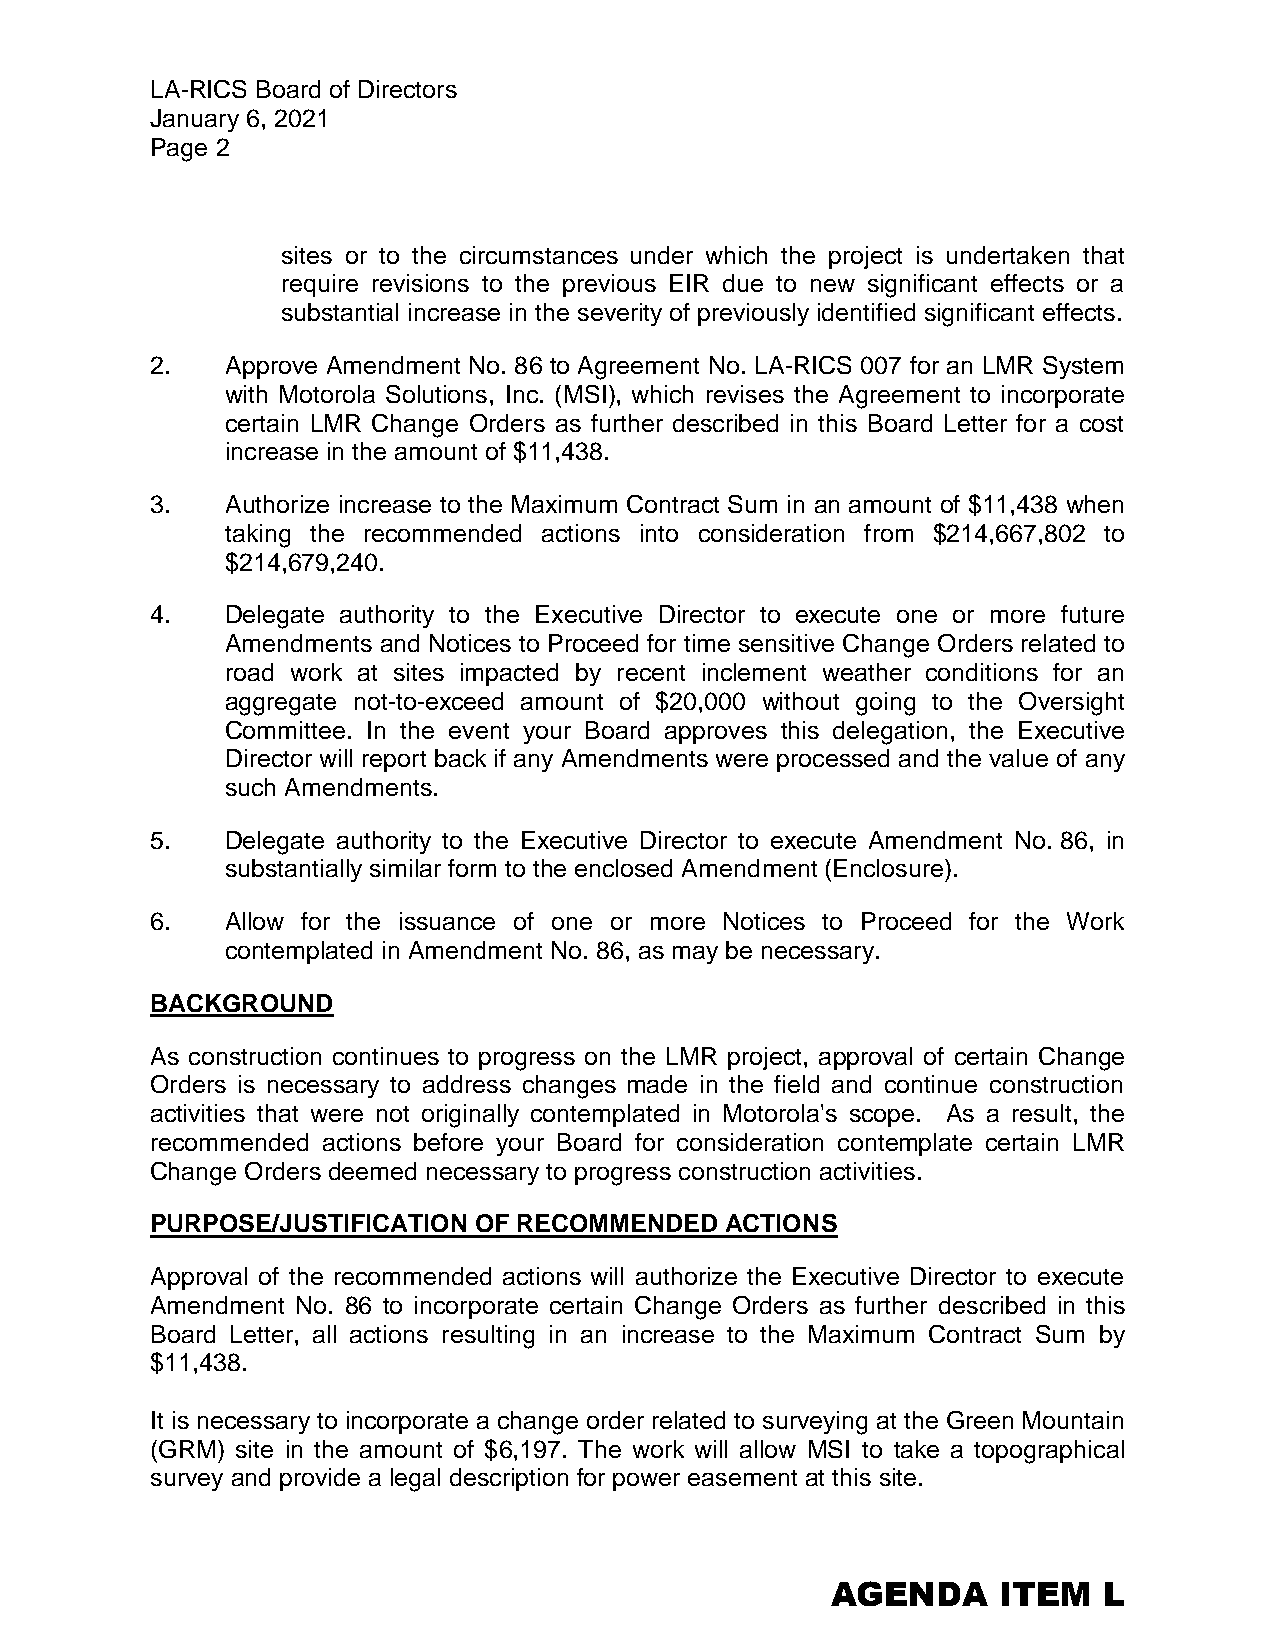
LA-RICS Board of Directors
 January 6, 2021
 Page 2
 sites or to the circumstances under which the project is undertaken that
 require revisions to the previous EIR due to new significant effects or a
 substantial increase in the severity of previously identified significant effects.
 2.   Approve Amendment No. 86 to Agreement No. LA-RICS 007 for an LMR System
 with Motorola Solutions, Inc. (MSI), which revises the Agreement to incorporate
 certain LMR Change Orders as further described in this Board Letter for a cost
 increase in the amount of $11,438.
 3.   Authorize increase to the Maximum Contract Sum in an amount of $11,438 when
 taking the recommended actions into consideration from $214,667,802 to
 $214,679,240.
 4.   Delegate authority to the Executive Director to execute one or more future
 Amendments and Notices to Proceed for time sensitive Change Orders related to
 road work at sites impacted by recent inclement weather conditions for an
 aggregate not-to-exceed amount of $20,000 without going to the Oversight
 Committee. In the event your Board approves this delegation, the Executive
 Director will report back if any Amendments were processed and the value of any
 such Amendments.
 5.   Delegate authority to the Executive Director to execute Amendment No. 86, in
 substantially similar form to the enclosed Amendment (Enclosure).
 6.   Allow for the issuance of one or more Notices to Proceed for the Work
 contemplated in Amendment No. 86, as may be necessary.
 BACKGROUND
 As construction continues to progress on the LMR project, approval of certain Change
 Orders is necessary to address changes made in the field and continue construction
 activities that were not originally contemplated in Motorola's scope. As a result, the
 recommended actions before your Board for consideration contemplate certain LMR
 Change Orders deemed necessary to progress construction activities.
 PURPOSE/JUSTIFICATION OF RECOMMENDED  ACTIONS
 Approval of the recommended actions will authorize the Executive Director to execute
 Amendment No. 86 to incorporate certain Change Orders as further described in this
 Board Letter, all actions resulting in an increase to the Maximum Contract Sum by
 $11,438.
 It is necessary to incorporate a change order related to surveying at the Green Mountain
 (GRM) site in the amount of $6,197. The work will allow MSI to take a topographical
 survey and provide a legal description for power easement at this site.
 AGENDA     ITEM   L